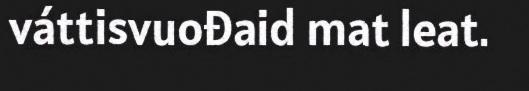
váttisvuođaid mat leat.